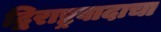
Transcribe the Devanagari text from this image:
द्विराष्ट्रवादाचा